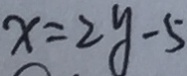
x = 2 y - 5